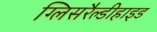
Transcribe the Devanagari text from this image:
ग्लिसरैल्डीहाइड